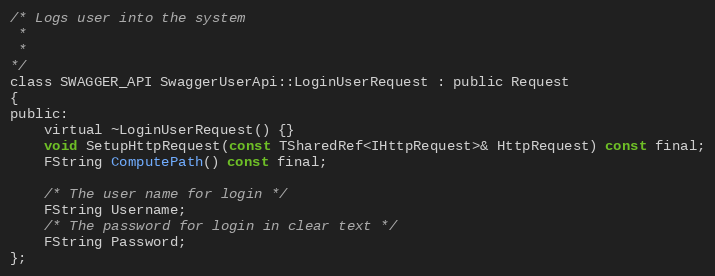
Language: C
/* Logs user into the system
 *
 *
*/
class SWAGGER_API SwaggerUserApi::LoginUserRequest : public Request
{
public:
    virtual ~LoginUserRequest() {}
	void SetupHttpRequest(const TSharedRef<IHttpRequest>& HttpRequest) const final;
	FString ComputePath() const final;

	/* The user name for login */
	FString Username;
	/* The password for login in clear text */
	FString Password;
};